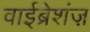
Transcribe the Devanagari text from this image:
वाईब्रेशंज़